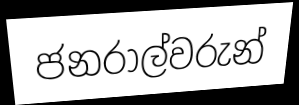
ජනරාල්වරුන්